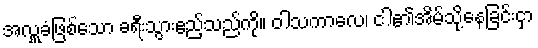
အလှူခံဖြစ်သော ခရီးသွားဧည့်သည်ကို။ ဝါသကာလေ၊ ငါ၏အိမ်သို့နေခြင်းငှာ